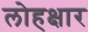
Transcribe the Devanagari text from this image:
लोहक्षार